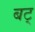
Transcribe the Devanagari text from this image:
बट्